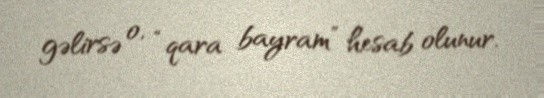
gəlirsə o, “qara bayram” hesab olunur.